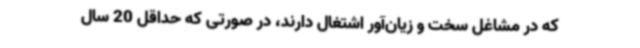
که در مشاغل سخت و زیان‌آور اشتغال دارند، در صورتی که حداقل 20 سال